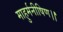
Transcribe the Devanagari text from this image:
माहुर्मनीषिण।।